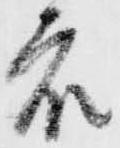
衆